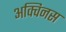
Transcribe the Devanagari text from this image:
अक्विनस